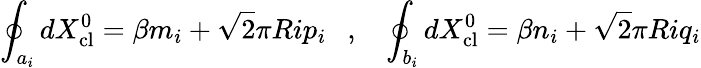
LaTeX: \oint_{a_{i}}dX_{\mathrm{cl}}^{0}=\beta m_{i}+\sqrt{2}\pi Rip_{i}~~~,~~~\oint_{b_{i}}dX_{\mathrm{cl}}^{0}=\beta n_{i}+\sqrt{2}\pi Riq_{i}